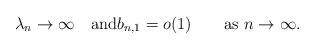
LaTeX: \begin{align*}\lambda_n \rightarrow\infty \quad\mbox{and}b_{n,1}=o(1)\qquad\mbox{as } n \rightarrow\infty.\end{align*}